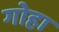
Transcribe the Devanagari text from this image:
गोहा